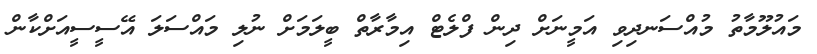
މައުލޫމާތު މުއްސަނދިވި އަމީނަށް ދިން ފްލެޓް އިމާރާތް ބީލަމަށް ނުލި މައްސަލަ އޭސީސީއަށްކާން